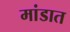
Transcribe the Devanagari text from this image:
मांडात